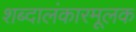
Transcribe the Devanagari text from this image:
शब्दालंकारमूलक